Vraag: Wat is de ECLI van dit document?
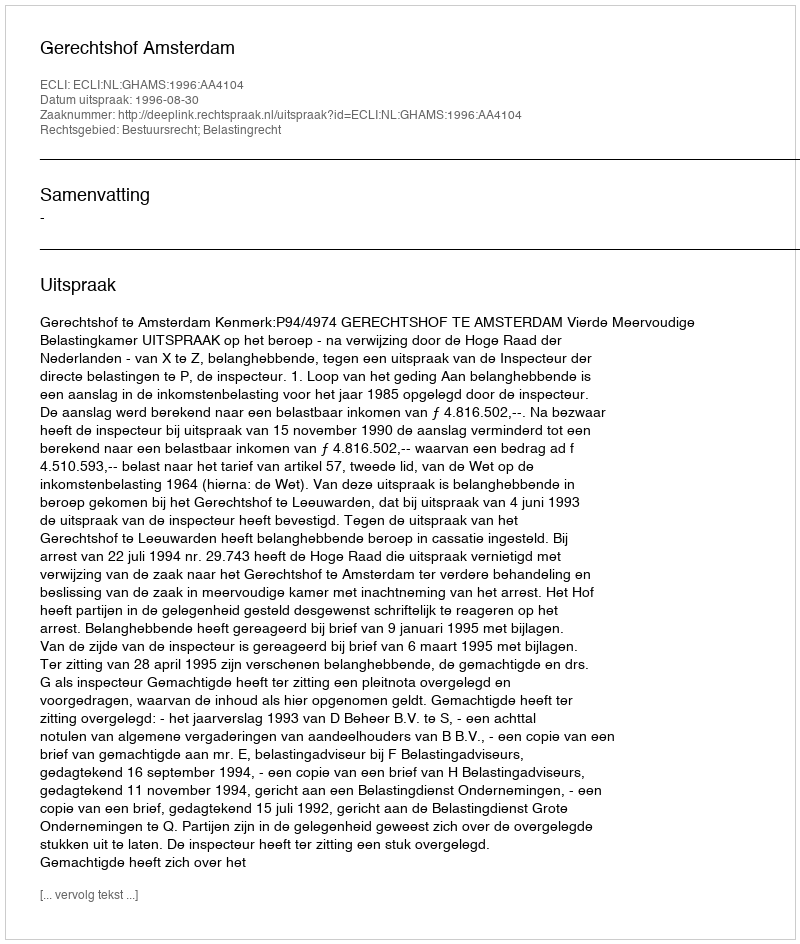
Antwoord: ECLI:NL:GHAMS:1996:AA4104